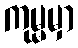
ကုမ္မမှာ